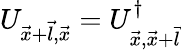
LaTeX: U_{\vec{x}+\vec{l},\vec{x}}=U_{\vec{x},\vec{x}+\vec{l}}^{\dagger}